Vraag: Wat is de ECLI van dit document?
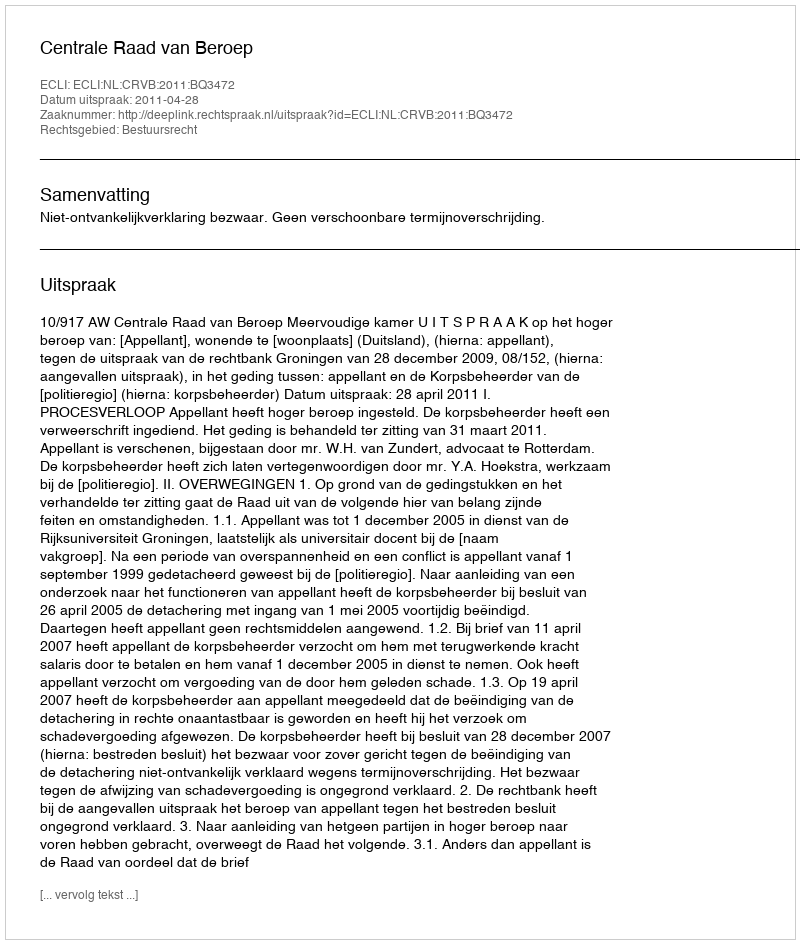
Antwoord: ECLI:NL:CRVB:2011:BQ3472